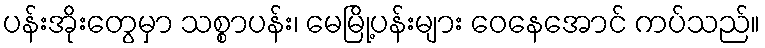
ပန်းအိုးတွေမှာ သစ္စာပန်း၊ မေမြို့ပန်းများ ဝေနေအောင် ကပ်သည်။